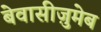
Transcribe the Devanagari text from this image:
बेवासीज़ुमेब